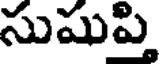
సుషుప్తి